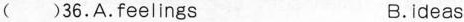
( )36.A.feelings B.ideas